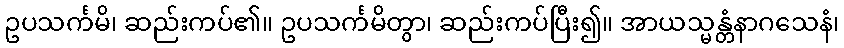
ဥပသင်္ကမိ၊ ဆည်းကပ်၏။ ဥပသင်္ကမိတွာ၊ ဆည်းကပ်ပြီး၍။ အာယသ္မန္တံနာဂသေနံ၊